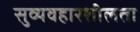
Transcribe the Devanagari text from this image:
सुव्यवहारशीलता